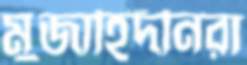
মুজাহিদীনরা